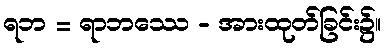
ရဘ = ရာဘဿေ - အားထုတ်ခြင်း၌။